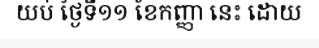
យប់ ថ្ងៃទី១១ ខែកញ្ញា នេះ ដោយ